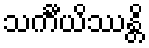
သင်္ကီယိဿန္တိ